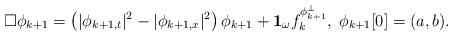
LaTeX: \begin{align*} \Box \phi_{k+1}= \left(| \phi_{k+1, t}|^2- | \phi_{k+1, x}|^2\right) \phi_{k+1}+ \mathbf{1}_{\omega} f_{k}^{ \phi^{\perp}_{k+1}}, \; \phi_{k+ 1}[0]= (a, b).\end{align*}